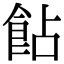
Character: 䬯